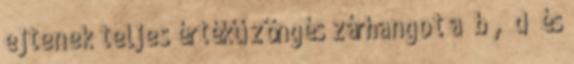
ejtenek teljes értékű zöngés zárhangot a „b”, „d” és